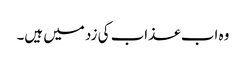
وہ اب عذاب کی زد میں ہیں۔